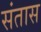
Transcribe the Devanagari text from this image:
संतास